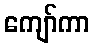
ကျော်ကာ